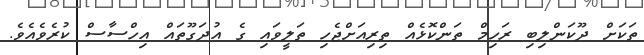
ތަކަށް ދޫކަންލިބި ރަހިމް ތަންކޮޅެއް ތިރިއަށްޖެހި ތަލީވައި ގެ އުދަގޫތައް އިހްސާސް ކުރެވެއެވެ.